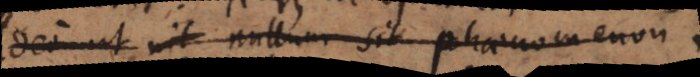
adeo ut nil nullum sit phaenomenon,